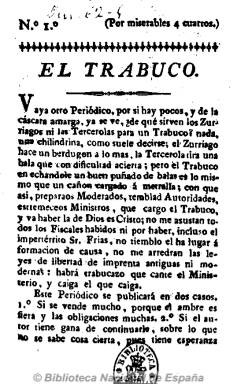
Título: El Trabuco (Madrid)
Colección: Periódicos anteriores a 1850
Ámbito geográfico: Madrid
Lugar de publicación: Madrid
Fechas: 01/01/1822-31/12/1822

Periódico sin suscripciones, es decir, de carácter volandero, del Trienio Liberal, que se autodefine como “de la cáscara amarga” y, por tanto, liberal exaltado. Publica una serie de textos de carácter joco-serio sobre los acontecimientos del periodo, con tintes anticlericales y desde una perspectiva personalista y romántica de su redactor. La colección de la Biblioteca Nacional de España consta de los dos primeros números, sin fechar. Hartzenbusch, en su catálogo de periódicos madrileños, señala que vio cuatro números, que suman un total de 56 páginas. Fue estampado en la imprenta madrileña de Alejo López García, a cargo de B. Rodríguez.